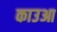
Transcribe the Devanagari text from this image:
काउआ